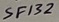
Text: SF132